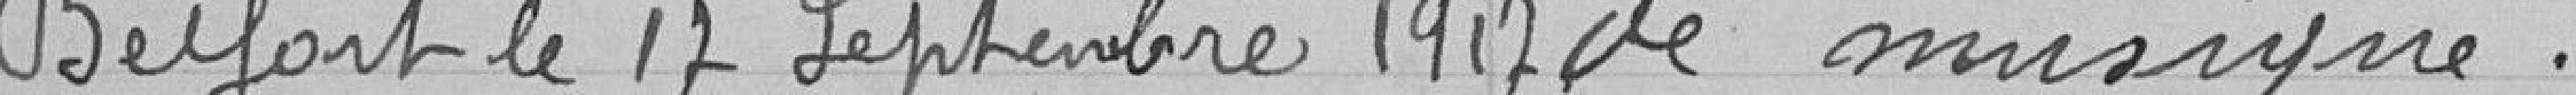
Belfort le 17 Septembre 1917 de musique .